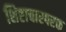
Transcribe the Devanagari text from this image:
शिष्टाचारपरक